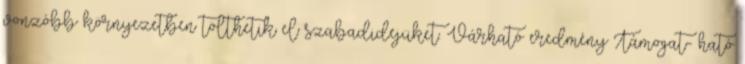
vonzóbb környezetben tölthetik el szabadidejüket. Várható eredmény Támogat- ható